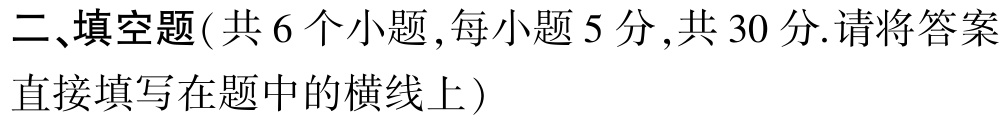
二、填空题( 共 6 个小题 ,每小题 5 分 ,共 30 分.请将答案直接填写在题中的横线上 )